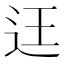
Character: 迋